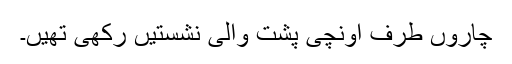
چاروں طرف اونچی پشت والی نشستیں رکھی تھیں۔